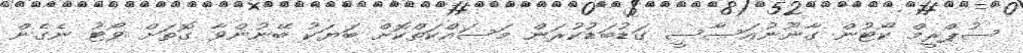
ސުޕްރީމް ކޯޓުން ގާނޫނުއަސާސީ ގަޑުބަޑުކުރަން މަސައްކަތްކޮށް ބަޔަކު ބޭނުންވާ ގޮތަށް ވޯޓު ނެގެން